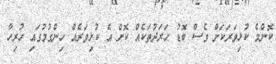
ކޮންމެ ކުޅިވަރަކަށް ވެސް ބޮޑު ހަރަދުތަކެއް ކޮށް އެ ކުޅިވަރެއް ހިންގުމުގައި ހުރިހާ